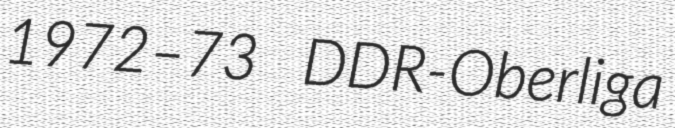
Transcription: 1972–73 DDR-Oberliga